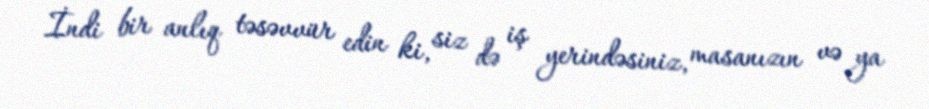
İndi bir anlıq təsəvvür edin ki, siz də iş yerindəsiniz, masanızın və ya